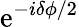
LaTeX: \mathrm{e}^{-i\delta\phi/2}